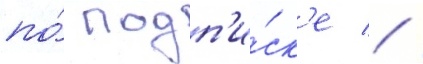
по́ подп'и́ск'е //